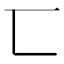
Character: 匸